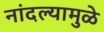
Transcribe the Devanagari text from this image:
नांदल्यामुळे